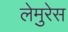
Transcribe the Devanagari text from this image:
लेमुरेस